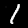
Digit: 1